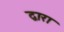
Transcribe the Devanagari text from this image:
द्वारा